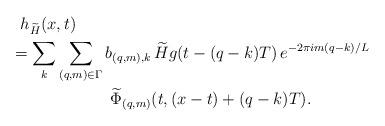
LaTeX: \begin{align*}& \hskip.1in h_{\widetilde H}(x,t) \\& = \sum_k \sum_{(q,m)\in\Gamma} b_{(q,m),k}\,\widetilde Hg(t - (q-k)T)\,e^{-2\pi i m(q-k)/L} \\& \hskip1in \widetilde \Phi_{(q,m)}(t,(x-t)+(q-k)T). \end{align*}